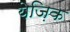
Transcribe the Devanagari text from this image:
येज़िक